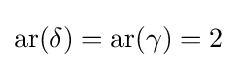
{\text{ar}}(\delta )={\text{ar}}(\gamma )=2